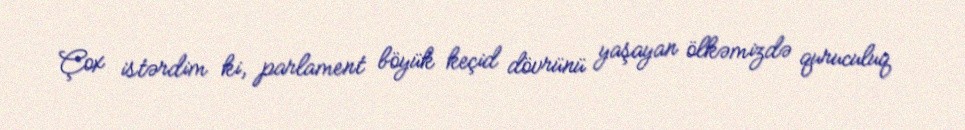
Çox istərdim ki, parlament böyük keçid dövrünü yaşayan ölkəmizdə quruculuq